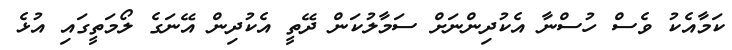
ކަމާއެކު ވެސް ހުސްނާ އެކުދިންނަށް ސަމާލުކަން ދޭތީ އެކުދިން އޭނަގެ ލޯމަތީގައި އުޅެ